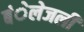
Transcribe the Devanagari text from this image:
बंेलेजली